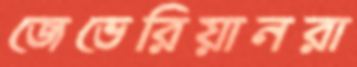
জেভেরিয়ানরা